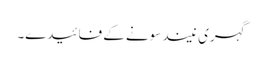
گہری نیند سونے کے فائیدے۔